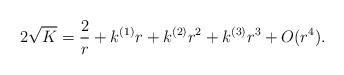
LaTeX: \begin{align*} 2\sqrt{K}=\frac{2}{r} + k^{(1)} r + k^{(2)} r^2 + k^{(3)} r^3 +O(r^4).\end{align*}